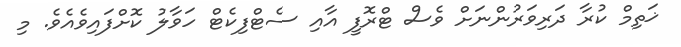
ޚަތިމް ކުރާ ދަރިވަރުންނަށް ވެސް ޓްރޮފީ އާއި ސެޓްފިކެޓް ހަވާލު ކޮށްފައިވެއެވެ. މި